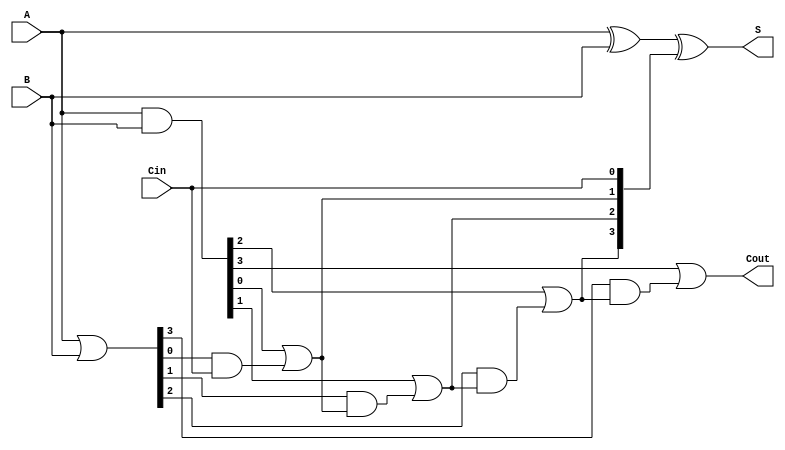
module Variable_Latency_CLA #(parameter N = 4) (
    input  wire [N-1:0] A,       // First n-bit input
    input  wire [N-1:0] B,       // Second n-bit input
    input  wire Cin,              // Carry-in
    output wire [N-1:0] S,        // Sum output
    output wire Cout              // Carry-out
);

    // Generate and propagate signals
    wire [N-1:0] G; // Generate signals
    wire [N-1:0] P; // Propagate signals
    wire [N:0] C;   // Carry signals

    // Generate and propagate logic
    assign G = A & B;              // Gi = Ai AND Bi
    assign P = A | B;              // Pi = Ai OR Bi

    // Carry calculation
    assign C[0] = Cin;             // C0 = Cin
    generate
        genvar i;
        for (i = 0; i < N; i = i + 1) begin : carry_calc
            assign C[i + 1] = G[i] | (P[i] & C[i]); // Ci+1 = Gi | (Pi & Ci)
        end
    endgenerate

    // Sum calculation
    assign S = A ^ B ^ C[N-1:0];   // Si = Ai XOR Bi XOR Ci

    // Carry-out
    assign Cout = C[N];            // Cout = Cn

endmodule